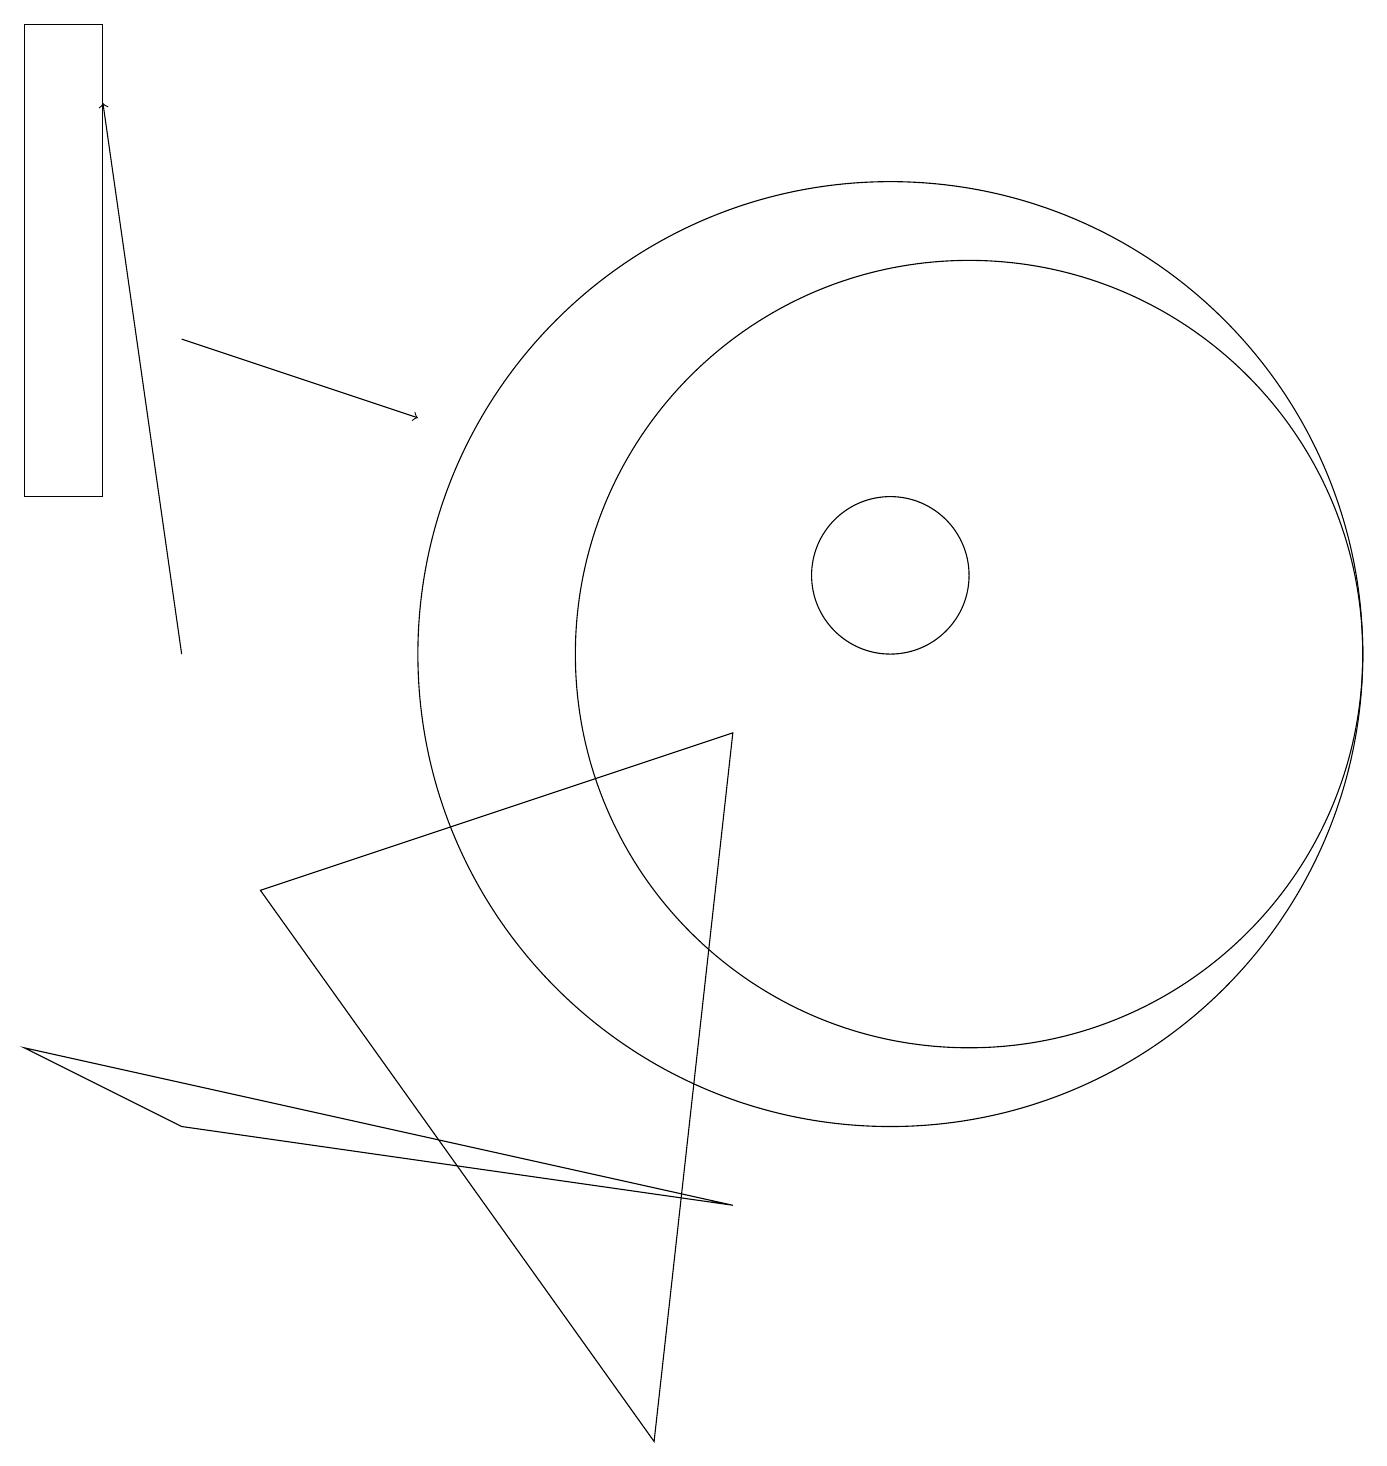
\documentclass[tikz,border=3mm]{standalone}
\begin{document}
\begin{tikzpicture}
\draw (11,11) circle (1);
\draw (12,10) circle (5);
\draw (0,12) rectangle (1,18);
\draw[->] (2,14) -- (5,13);
\draw (11,10) circle (6);
\draw (3,7) -- (9,9) -- (8,0) -- cycle;
\draw[->] (2,10) -- (1,17);
\draw (0,5) -- (2,4) -- (9,3) -- cycle;
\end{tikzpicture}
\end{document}